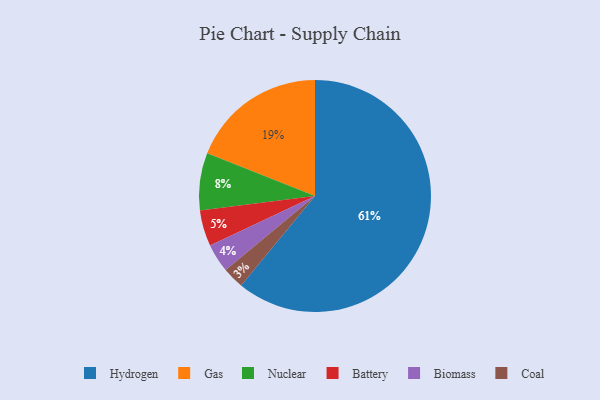
{"axis": {"x": "Category", "y": "Percentage"}, "legend": ["Battery", "Biomass", "Coal", "Gas", "Hydrogen", "Nuclear"], "data": [{"x": "Biomass", "y": 4, "type": "Biomass"}, {"x": "Battery", "y": 5, "type": "Battery"}, {"x": "Gas", "y": 19, "type": "Gas"}, {"x": "Nuclear", "y": 8, "type": "Nuclear"}, {"x": "Hydrogen", "y": 61, "type": "Hydrogen"}, {"x": "Coal", "y": 3, "type": "Coal"}]}